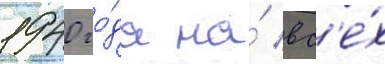
1940 го́да на́ вс'е́х